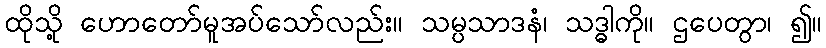
ထိုသို့ ဟောတော်မူအပ်သော်လည်း။ သမ္ပသာဒနံ၊ သဒ္ဓါကို။ ဌပေတွာ၊ ၍။